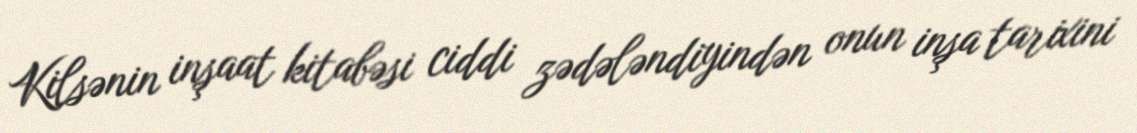
Kilsənin inşaat kitabəsi ciddi zədələndiyindən onun inşa tarixini